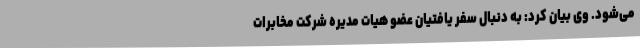
می‌شود. وی بیان کرد: به دنبال سفر یافتیان عضو هیات مدیره شرکت مخابرات